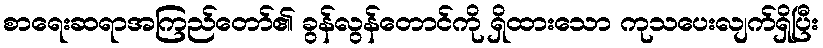
စာရေးဆရာအကြည်တော်၏ ခွန်လွန်တောင်ကို ရှိထားသော ကုသပေးလျက်ရှိပြီး